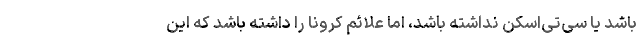
باشد یا سی‌تی‌اسکن نداشته باشد، اما علائم کرونا را داشته باشد که این